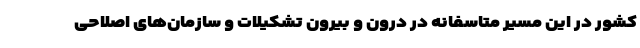
کشور در این مسیر متاسفانه در درون و بیرون تشکیلات و سازمان‌های اصلاحی